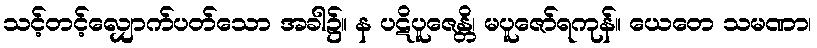
သင့်တင့်လျှောက်ပတ်သော အခါ၌။ န ပဋိပူဇေန္တိ၊ မပူဇော်ရကုန်။ ယေတေ သမဏာ၊